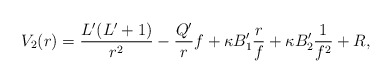
\begin{align*} V_2(r) = \frac{L'(L'+1)}{r^2} - \frac{Q'}{r}f + \kappa B'_1 \frac{r}{f} + \kappa B'_2 \frac{1}{f^2} + R,\end{align*}